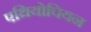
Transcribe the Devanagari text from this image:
एथियोपियन